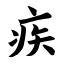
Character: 疾